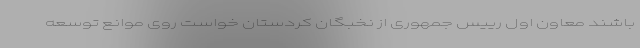
باشند معاون اول رییس جمهوری از نخبگان کردستان خواست روی موانع توسعه